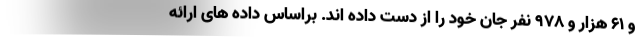
و ۶۱ هزار و ۹۷۸ نفر جان خود را از دست داده اند. براساس داده های ارائه